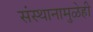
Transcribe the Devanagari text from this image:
संस्थानामुळेही